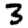
Digit: 3